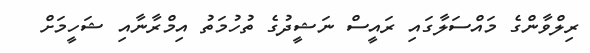
ރިލްވާންގެ މައްސަލާގައި ރައީސް ނަޝީދުގެ ތުހުމަތު އިމްރާނާއި ޝަހީމަށް